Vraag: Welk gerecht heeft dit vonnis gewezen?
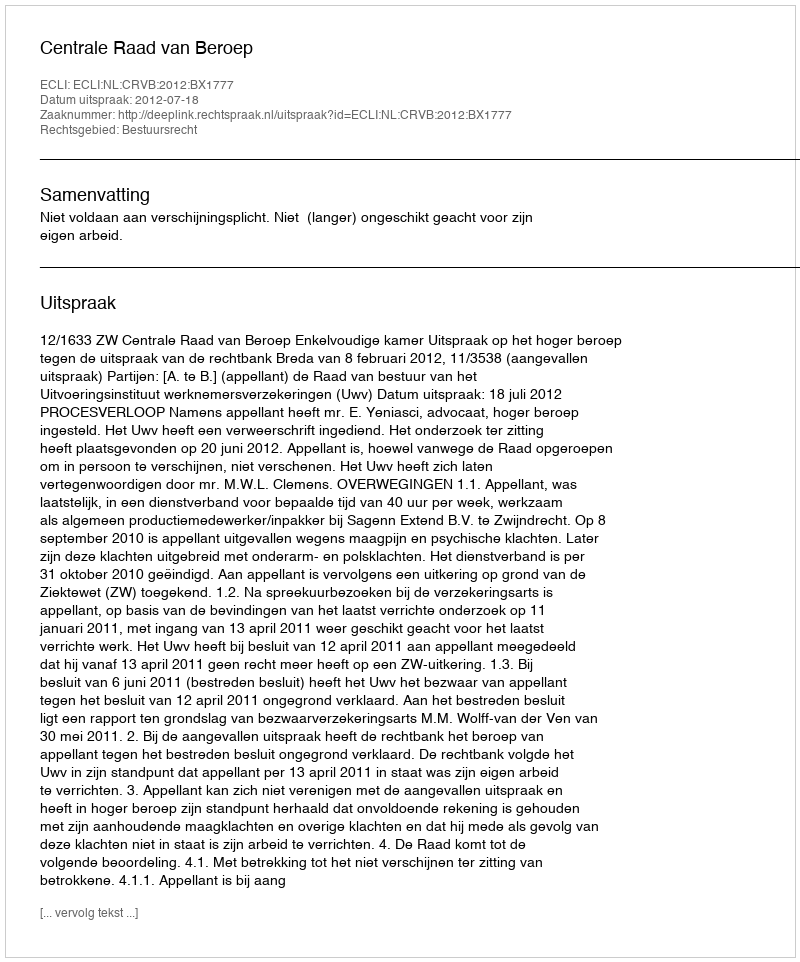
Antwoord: Centrale Raad van Beroep